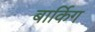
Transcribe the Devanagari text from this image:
बार्किग